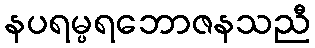
နပရမ္ပရဘောဇနသညီ